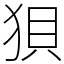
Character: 狽